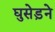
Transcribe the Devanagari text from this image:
घुसेड़ने